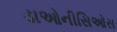
ડાઓનીસિઓસ